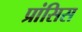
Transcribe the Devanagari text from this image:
प्रांसिस